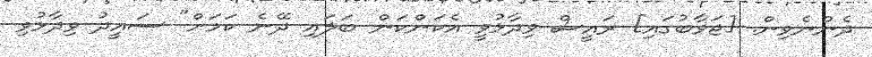
ދެންނެވިން. [ޖަވާބުގައި] ރައީސް ވިދާޅުވީ އެކަންކަން ބަލައި ދޭނެ ކަމަށް" ސައީދު ވިދާޅުވި